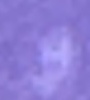
و